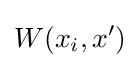
W(x_{i},x')